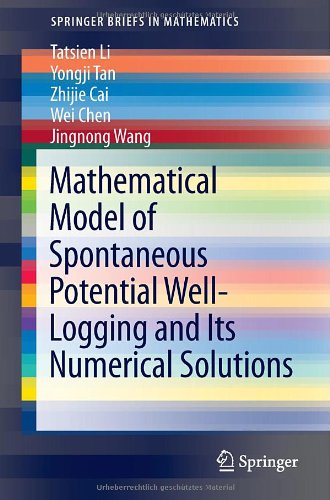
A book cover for Mathematical Model of Spontaneous Potential Well-Logging and Its Numerical Solutions (SpringerBriefs in Mathematics); Tatsien Li; Science & Math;